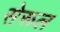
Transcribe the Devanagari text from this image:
सेरूल